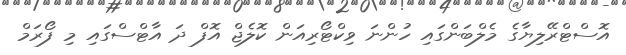
އޮސްޓްރޭލިޔާގެ މެލްބަންގައި ހުންނަ ވިކްޓޯރިއަން ކޮލެޖް އޮފް ދަ އާޓްސްގައި މި ފޯރަމް